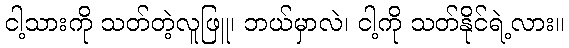
ငါ့သားကို သတ်တဲ့လူဖြူ၊ ဘယ်မှာလဲ၊ ငါ့ကို သတ်နိုင်ရဲ့လား။